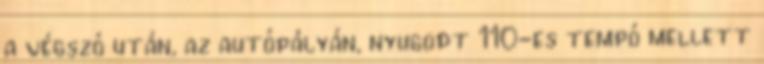
a végszó után, az autópályán, nyugodt 110-es tempó mellett